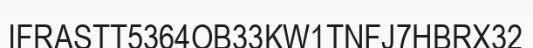
IFRASTT5364OB33KW1TNFJ7HBRX32